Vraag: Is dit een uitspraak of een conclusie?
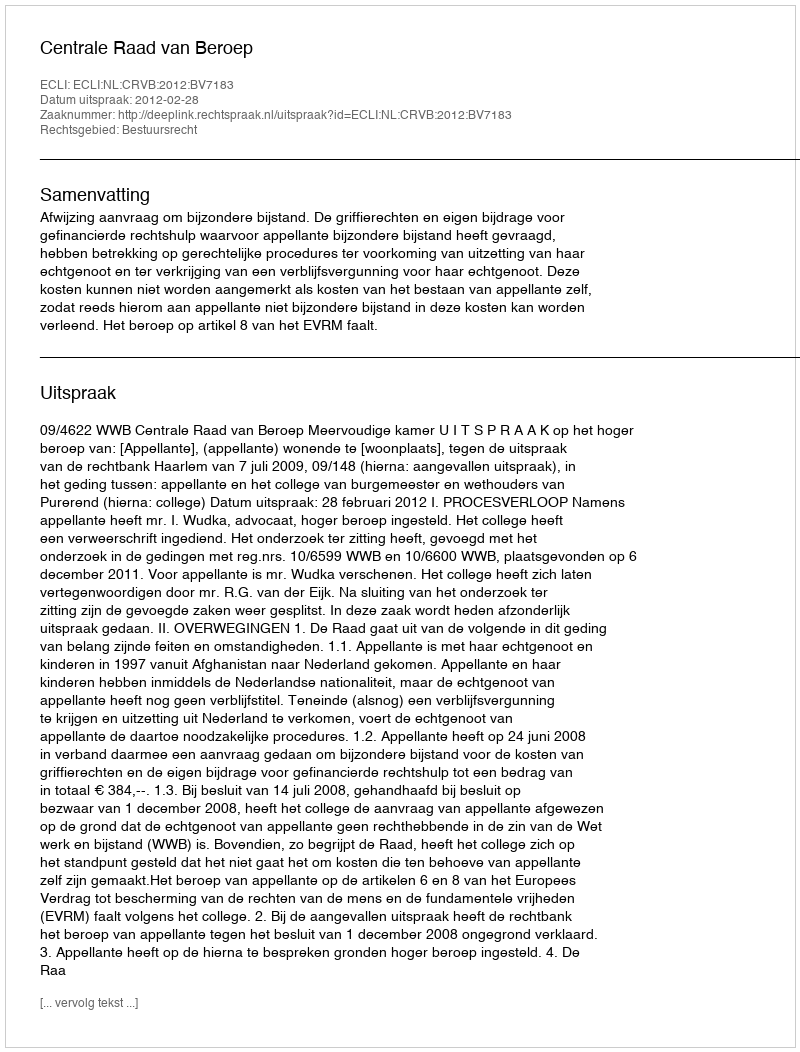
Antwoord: Uitspraak